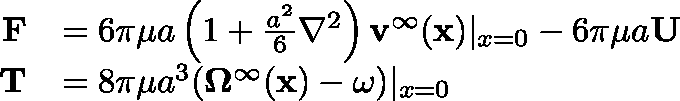
{ \begin{array} { r l } { \mathbf { F } } & { = 6 \pi \mu a \left( 1 + { \frac { a ^ { 2 } } { 6 } } \nabla ^ { 2 } \right) \mathbf { v } ^ { \infty } ( \mathbf { x } ) | _ { x = 0 } - 6 \pi \mu a \mathbf { U } } \\ { \mathbf { T } } & { = 8 \pi \mu a ^ { 3 } ( \mathbf { \Omega } ^ { \infty } ( \mathbf { x } ) - \mathbf { \omega } ) | _ { x = 0 } } \end{array} }